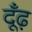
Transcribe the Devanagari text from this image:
दूँढ़